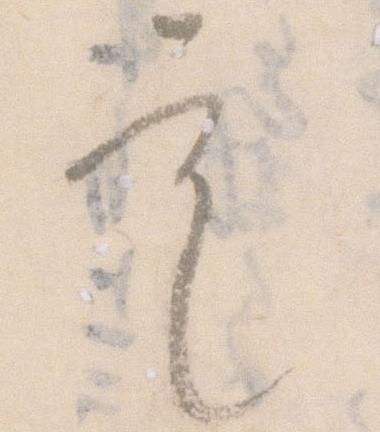
定